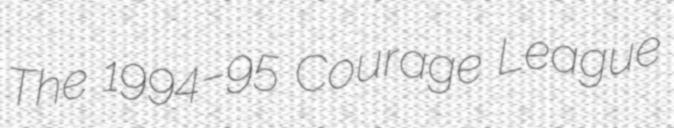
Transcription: The 1994–95 Courage League